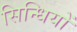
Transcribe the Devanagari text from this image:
सिन्धियों